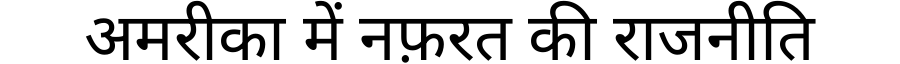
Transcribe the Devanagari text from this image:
अमरीका में नफ़रत की राजनीति